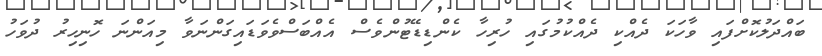
ބައްދަލުކޮށްފައި ވާހަކަ ދެއްކި ދެއްކުމުގައި ހުރިހާ ކެންޑިޑޭޓުންވެސް އެއްބަސްވެވަޑައިގަންނަވާ މިއަންނަ ހޮނިހިރު ދުވަހު